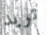
تريد